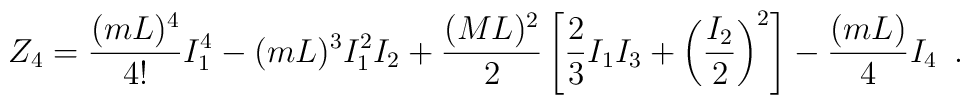
Z_4 = \frac{(m L)^4}{4!} I_1^4 - (m L)^3 I_1^2 I_2 + \frac{(M L)^2}{2} \left[\frac{2}{3} I_1 I_3 + \left(\frac{I_2}{2}\right)^2\right] - \frac{(m L)}{4} I_4 \,\,\, .